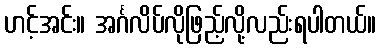
ဟင့်အင်း။ အင်္ဂလိပ်လိုဖြည့်လို့လည်းရပါတယ်။